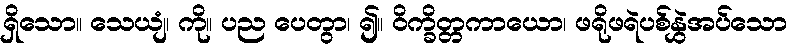
ရှိသော။ သေယျံ၊ ကို။ ပည ပေတွာ၊ ၍။ ဝိက္ခိတ္တကာယော၊ ဖရိုဖရဲပစ်နွှဲအပ်သော